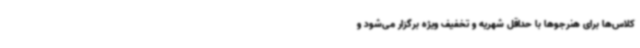
کلاس‌ها برای هنرجوها با حداقل شهریه و تخفیف ویژه برگزار می‌شود و